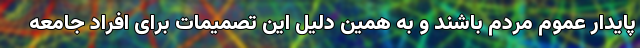
پایدار عموم مردم باشند و به همین دلیل این تصمیمات برای افراد جامعه